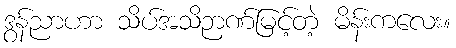
ဒွန်ညာဟာ သိပ်အသိဉာဏ်မြင့်တဲ့ မိန်းကလေး။